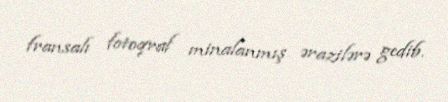
fransalı fotoqraf minalanmış ərazilərə gedib.